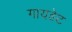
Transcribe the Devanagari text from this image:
गायडेट